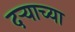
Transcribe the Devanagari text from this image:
दर्‍याच्या